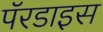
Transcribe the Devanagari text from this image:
पॅरडाइस